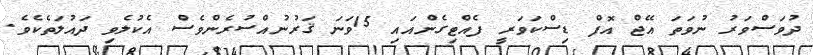
ދުވަސްވަރު ނުވަތަ އޭޖް އޮފް ޑިސްކަވަރީ ފެއްޓިގެންއައި 15ވަނަ ޤަރުނުއްސުރެންވެސް އެކުލެވި ދައުލަތެކެވެ.